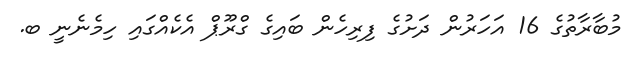
މުބާރާތުގެ 16 އަހަރުން ދަށުގެ ފިރިހެން ބައިގެ ގްރޫޕް އެކެއްގައި ހިމެނެނީ ބ.